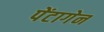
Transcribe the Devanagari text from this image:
पेंटागेन